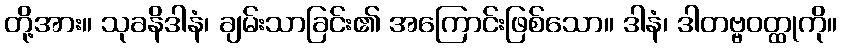
တို့အား။ သုခနိဒါနံ၊ ချမ်းသာခြင်း၏ အကြောင်းဖြစ်သော။ ဒါနံ၊ ဒါတဗ္ဗဝတ္ထုကို။